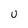
Character: U